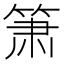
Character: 箫